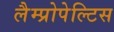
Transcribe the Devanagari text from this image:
लैम्प्रोपेल्टिस